Sketch of the medical history of the native army of Bombay, for the year
Year: 1872
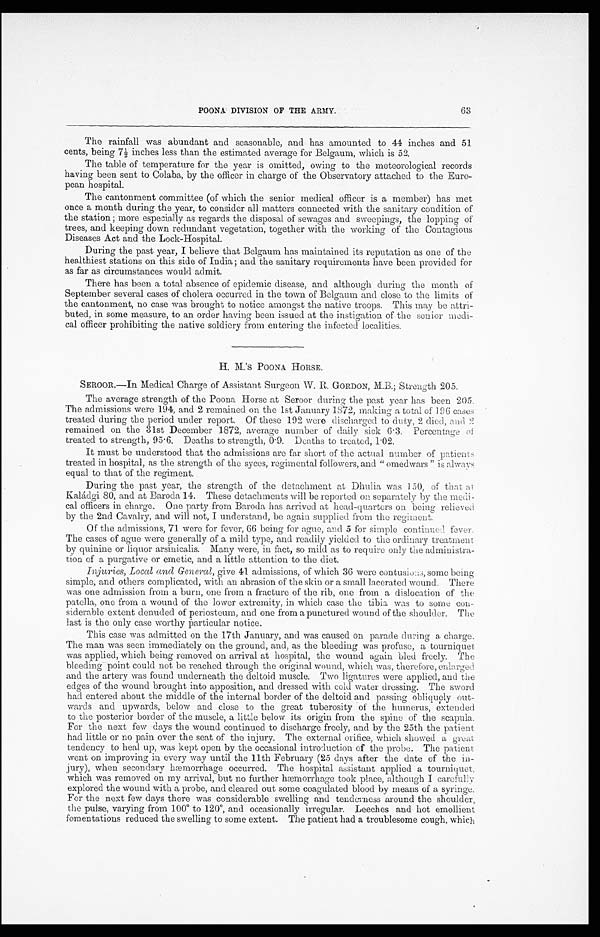
POONA DIVISION OF THE ARMY.
The rainfall was abundant and seasonable, and has amounted to 44 inches and 51
cents, being 71/2 inches less than the estimated average for Belgaum, which is 52.
The table of temperature for the year is omitted,owing to the meteorological records
having been sent to Colaba, by the officer in charge of the Observatory attached to the Euro-
pean hospital.
The cantonment committee (of which the senior medical officer is a member) has met
once a month during the year, to consider all matters connected with the sanitary condition of
the station ; more especially as regards the disposal of sewages and sweepings, the lopping of
trees, and keeping down redundant vegetation, together with the working of the Contagious
Diseases Act and the Lock-Hospital.
During the past year, I believe that Belgaum has maintained its reputation as one of the
healthiest stations on this side of India; and the sanitary requirements have been provided for
as far as circumstances would admit.
There has been a total absence of epidemic disease, and although during the month of
September several cases of cholera occurred in the town of Belgaum and close to the limits of
the cantonment, no case was brought to notice amongst the native troops. This may be attri-
buted, in some measure, to an order having been issued at the instigation of the senior medi-
cal officer prohibiting the native soldiery from entering the infected localities.
H. M. 'S POONA HORSE.
SEROOR.—In Medical Charge of Assistant Surgeon W. H. GORDON, M.B.; Strength 205.
The average strength of the Poona Horse at Seroor during the past year has been 205.
The admissions were 194, and 2 remained on the 1st January 1872, making a total of 196 cases
treated during the period under report. Of these 199 were discharged to duty, 2 died, and 2
remained on the 31st December 1872, average number of daily sick 6 . 3. Percentage of
treated to strength, 95 . 6. Deaths to strength, 0 . 9. Deaths to treated, 1.02.
It must be understood that the admissions are far short of the actual number of patients
treated in hospital, as the strength of the syces, regimental followers, and " omedwars " is always
equal to that of the regiment.
During the past year, the strength of the detachment at Dhulia was 150, of that at
Kaládgi 80, and at Baroda 14. These detachments will be reported on separately by the medi-
cal officers in charge. One party from Baroda has arrived at head-quarters on being ein relieved
by the 2nd Cavalry, and will not, I understand, be again supplied from the regiment.
Of the admissions, 71 were for fever, 66 being for ague, and 5 for simple continued fever.
The cases of ague were generally of a mild type, and readily yielded to the ordinary treatment,
by quinine or liquor arsinicalis. Many were, in fact, so mild as to require only the administra-
tion of a purgative or emetic, and a little attention to the diet.
I n j u r i e s
Injuries, Local and General, give 41 admissions, of which 36 were contusiu as, some being
simple, and others complicated, with an abrasion of the skin or a small lacerated wound. There
was one admission from a burn, one from a fracture of the rib, one from a dislocation of the
patella, one from a wound of the lower extremity, in which case the tibia was to some con-
siderable extent denuded of periosteum, and one from a punctured wound of the shoulder. The
last is the only case worthy Particular notice.
This case was admitted on the 17th January, and was caused on parade dining a charge.
The man was seen immediately on the ground, and, as the bleeding was profuse, a tourniquet.
was applied, which being removed on arrival at hospital, the wound again bled freely. The
bleeding point could not be reached through the original wound, which was, therefore, enlarged
and the artery was found underneath the deltoid muscle. Two ligatures were applied, and the
edges of the wound brought into apposition, and dressed with cold water dressing. The sword
had entered about the middle of the internal border of the deltoid and passing obliquely out-
wards and upwards, below and close to the great tuberosity of the humerus, extended
to the posterior border of the muscle, a little below its origin from the spine of the scapula.
For the next few days the wound continued to discharge freely, and by the 25th the patient
had little or no pain over the seat of the injury. The external orifice, which showed a great
tendency to heal up, was kept open by the occasional introduction of the probe. The patient
went on improving in every way until the 11th February (25 days after the date of the in-
jury), when secondary hæmorrhage occurred. The hospital assistant applied a tourniquet,
which was removed on my arrival, but no further hæmorrhage took place, although I carefully
explored the wound with a probe, and cleared out some coagulated blood by means of a syringe.
For the next few days there was considerable swelling and tendorness around the shoulder,
the pulse, varying from 100 0 to 1200, and occasionally irregular. Leeches and hot emollient
fomentations reduced the swelling to some extent. The patient had a troublesome cough, which
63